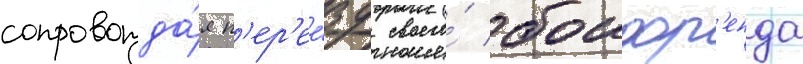
сопровожда́я п'ер'ее́зд своего́ боифр'енда